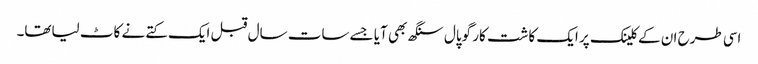
اسی طرح ان کے کلینک پر ایک کاشت کار گوپال سنگھ بھی آیا جسے سات سال قبل ایک کتے نے کاٹ لیاتھا۔